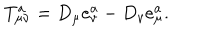
T _ { \mu \nu } ^ { a } = D _ { \mu } e _ { v } ^ { a } - D _ { v } e _ { \mu } ^ { a } .